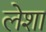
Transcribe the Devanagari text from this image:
लेशा